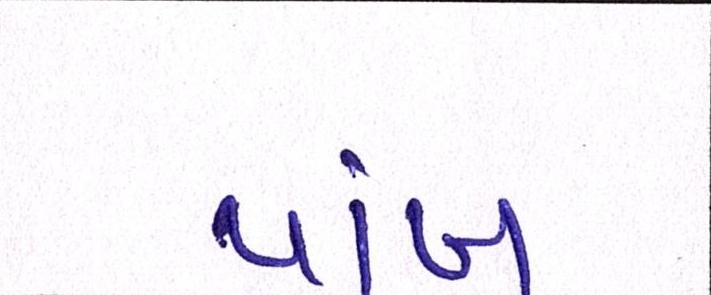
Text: પાંખ